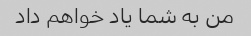
من به شما یاد خواهم داد